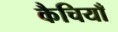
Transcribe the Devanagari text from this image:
कैचियाँ